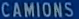
CAMILIONS